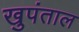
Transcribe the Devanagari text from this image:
खुपंताल